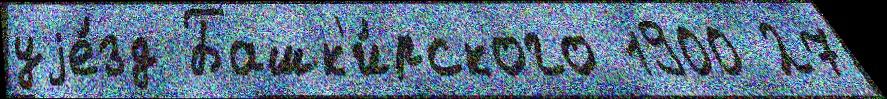
уjе́зд Башк'и́рского 1900 27